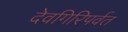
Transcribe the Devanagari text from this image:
देवगिरिपर्वत